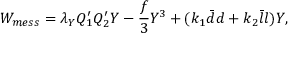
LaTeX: W _ { m e s s } = \lambda _ { Y } Q _ { 1 } ^ { \prime } Q _ { 2 } ^ { \prime } Y - \frac { f } { 3 } Y ^ { 3 } + ( k _ { 1 } \bar { d } d + k _ { 2 } \bar { l } l ) Y ,